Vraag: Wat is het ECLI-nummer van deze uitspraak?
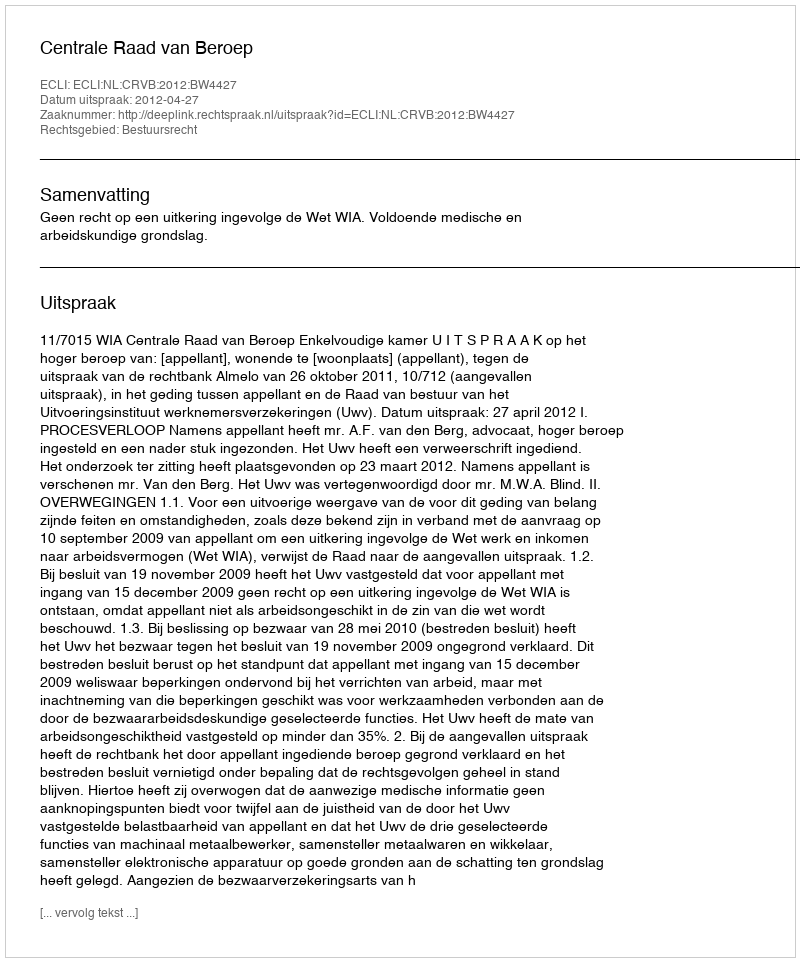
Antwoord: ECLI:NL:CRVB:2012:BW4427